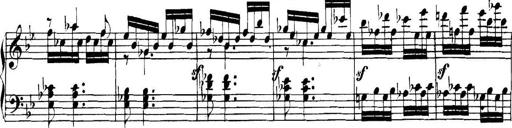
Title: Collected Piano Sonatas
Composer: Muzio Clementi